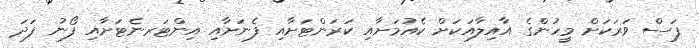
ފަސް ވަރަކަށް މީހުންގެ އާއިލާއަކަށް ކެއުމަށާއި ކަރަންޓަށާއި ފެނަށާއި އިންޓަރނެޓަށާއި ފޯނު ފަދަ